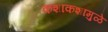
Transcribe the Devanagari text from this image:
कशाकशामुळे